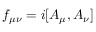
f _ { \mu \nu } = i [ A _ { \mu } , A _ { \nu } ]